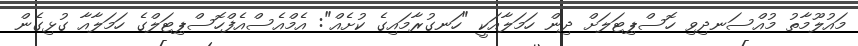
މައުލޫމާތު މުއްސަނދިވި ހޮސްޕިޓަލަށް ދިން ހަމަލާއަކީ "ހަނގުރާމައިގެ ކުށެއް": އެމްއެސްއެފްހޮސްޕިޓަލްގެ ހަމަލާއާ ގުޅިގެން